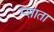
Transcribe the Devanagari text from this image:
म्शाता